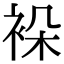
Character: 𬡖